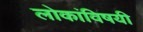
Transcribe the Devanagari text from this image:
लोकांविषयी